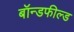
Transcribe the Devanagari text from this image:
बॉन्डफील्ड